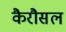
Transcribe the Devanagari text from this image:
कैरौसल